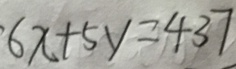
6 x + 5 y = 4 3 7